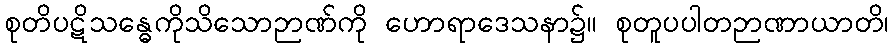
စုတိပဋိသန္ဓေကိုသိသောဉာဏ်ကို ဟောရာဒေသနာ၌။ စုတူပပါတဉာဏာယာတိ၊